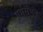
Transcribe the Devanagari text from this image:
गर्भसंभव